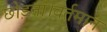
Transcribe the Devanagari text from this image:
छोड़ना।वर्तमान